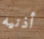
أذنيه